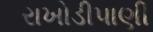
રાખોડીપાણી